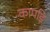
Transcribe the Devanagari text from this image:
कापड़ि